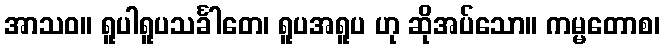
အာသဝ။ ရူပါရူပသင်္ခါတေ၊ ရူပအရူပ ဟု ဆိုအပ်သော။ ကမ္မတောစ၊